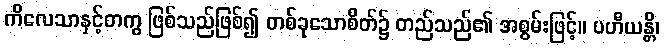
ကိလေသာနှင့်တကွ ဖြစ်သည်ဖြစ်၍ တစ်ခုသောစိတ်၌ တည်သည်၏ အစွမ်းဖြင့်။ ပဟီယန္တိ၊